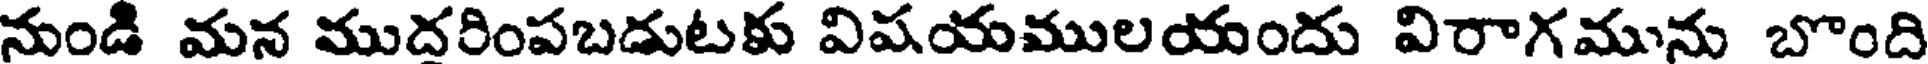
నుండి మన ముదరింపబడుటకు విషయములయందు విరాగమును బొంది